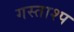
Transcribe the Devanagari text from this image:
गस्ताश्प